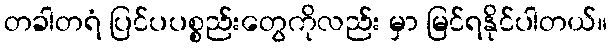
တခါတရံ ပြင်ပပစ္စည်းတွေကိုလည်း မှာ မြင်ရနိုင်ပါတယ်။